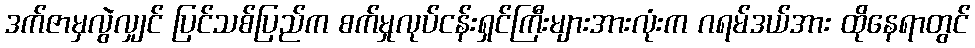
ဒက်ဇာမှလွဲလျှင် ပြင်သစ်ပြည်က စက်မှုလုပ်ငန်းရှင်ကြီးများအားလုံးက ဂရမ်ဒယ်အား ထိုနေရာတွင်